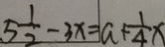
5 \frac { 1 } { 2 } - 3 x = a + \frac { 1 } { 4 } x